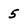
Character: 5